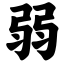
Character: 弱